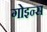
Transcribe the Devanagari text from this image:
गोइन्स